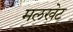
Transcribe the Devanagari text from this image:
मलखेट